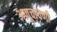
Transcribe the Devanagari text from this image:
अणूचाचणी